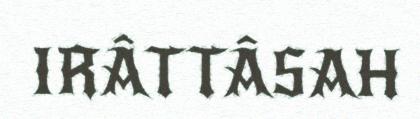
IRÂTTÂSAH